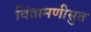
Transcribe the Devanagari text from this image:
चिंतामणीसुत